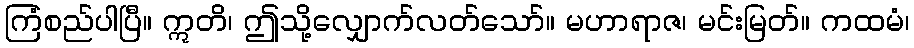
ကြံစည်ပါပြီ။ ဣတိ၊ ဤသို့လျှောက်လတ်သော်။ မဟာရာဇ၊ မင်းမြတ်။ ကထမံ၊